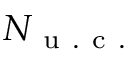
N _ { \mathrm { ~ u ~ . ~ c ~ . ~ } }